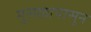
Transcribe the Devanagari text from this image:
मुसळापासून